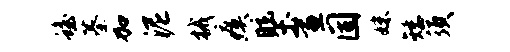
蟾蓁加泥械瘼眩土画固妹矮须